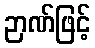
ဉာဏ်ဖြင့်